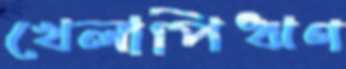
খেলাপিঋণ